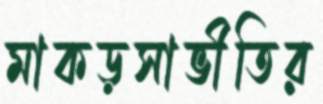
মাকড়সাভীতির